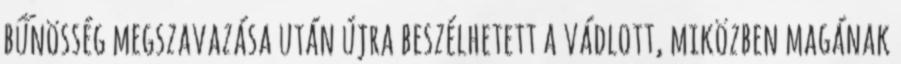
bűnösség megszavazása után újra beszélhetett a vádlott, miközben magának